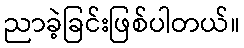
ညာခဲ့ခြင်းဖြစ်ပါတယ်။